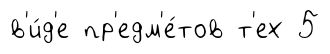
в'и́д'е пр'едм'е́тов т'ех 5